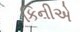
કિનીએ